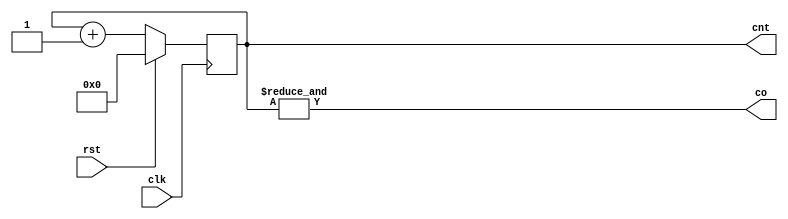
module cntr16(clk, rst, cnt, co);
input clk, rst;
output co;
output reg [3:0] cnt;
always@(posedge clk) begin
	if(rst) cnt = 4'b0;
	else cnt = cnt + 1;
end
assign co = &{cnt};
endmodule